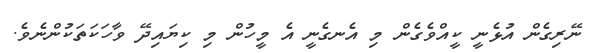
ނޭރިގެން އުޅެނީ ކީއްވެގެން މި އެނގެނީ އެ މީހުން މި ކިޔައިދޭ ވާހަކަތަކުންނެވެ.